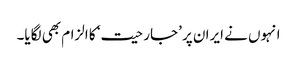
انہوں نے ایران پر ’جارحیت‘ کا الزام بھی لگایا۔